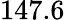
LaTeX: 147.6